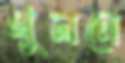
খুলনে